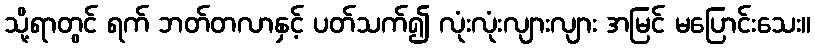
သို့ရာတွင် ရက် ဘတ်တလာနှင့် ပတ်သက်၍ လုံးလုံးလျားလျား အမြင် မပြောင်းသေး။